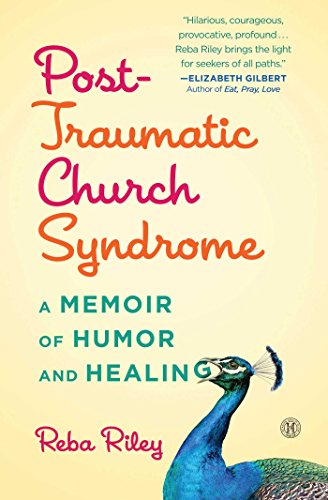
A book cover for Post-Traumatic Church Syndrome: A Memoir of Humor and Healing; Reba Riley; Health, Fitness & Dieting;